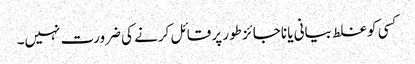
کسی کو غلط بیانی یا ناجائز طور پر قائل کرنے کی ضرورت نہیں۔